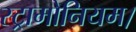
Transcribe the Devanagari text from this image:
स्ट्रामोनियम।